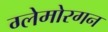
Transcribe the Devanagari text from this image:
ग्लेमोरगन